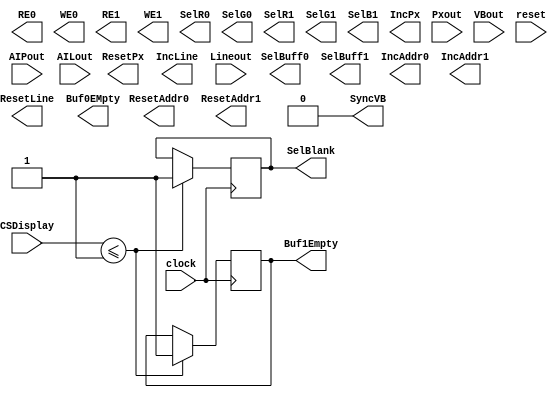
module display_controller(RE0,WE0,RE1,WE1,SelR0,SelG0,SelR1,SelG1,SelB1,SelBuff0,SelBlank,SelBuff1,IncPx,ResetPx,IncLine,ResetLine,SyncVB,Buf0EMpty,Buf1Empty,IncAddr0,ResetAddr0,IncAddr1,ResetAddr1,Pxout,Lineout,VBout,AIPout,AILout,CSDisplay,clock,reset);
output RE0,WE0,RE1,WE1,SelR0,SelG0,SelR1,SelG1,SelB1,SelBuff0,SelBlank,SelBuff1,IncPx,ResetPx,IncLine,ResetLine,SyncVB,Buf0EMpty,Buf1Empty,IncAddr0,ResetAddr0,IncAddr1,ResetAddr1;
reg RE0, WE0,RE1,WE1,SelR0,SelG0,SelR1,SelG1,SelB1,SelBuff0,SelBlank,SelBuff1,IncPx,ResetPx,IncLine,ResetLine,SyncVB,Buf0EMpty,Buf1Empty,IncAddr0,ResetAddr0,IncAddr1,ResetAddr1;

input [9:0]Pxout;
input [9:0]Lineout;
input [9:0]VBout;
input [9:0]AIPout;
input [9:0]AILout;
input CSDisplay;
input clock;
input reset;

always @(posedge clock)
begin
if(CSDisplay<=1'b1)
begin
//State : Start with Buffer 
SelBlank=1;
Buf1Empty=1;
SyncVB=1;
end
end
always @(SyncVB)
begin
SyncVB=0;
end
endmodule